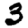
Digit: 3